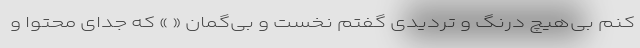
کنم بی‌هیچ درنگ و تردیدی گفتم نخست و بی‌گمان « » که جدای محتوا و